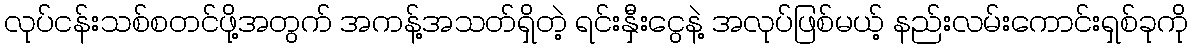
လုပ်ငန်းသစ်စတင်ဖို့အတွက် အကန့်အသတ်ရှိတဲ့ ရင်းနှီးငွေနဲ့ အလုပ်ဖြစ်မယ့် နည်းလမ်းကောင်းရှစ်ခုကို